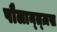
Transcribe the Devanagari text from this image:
पौलान्त्ज़स